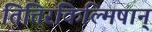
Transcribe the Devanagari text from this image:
तित्तिरकिल्मिषान्